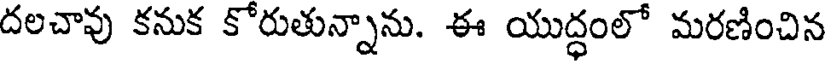
దలచావు కనుక కోరుతున్నాను. ఈ యుద్ధంలో మరణించిన